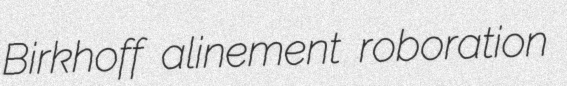
Birkhoff alinement roboration